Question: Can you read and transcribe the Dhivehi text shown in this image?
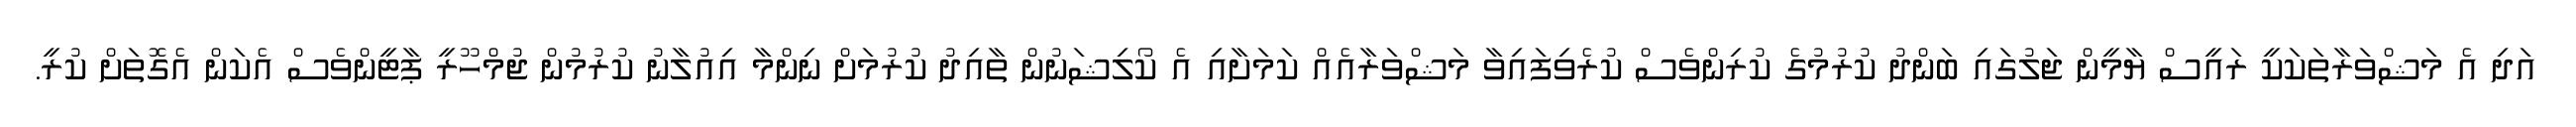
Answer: އަދި އެ މަޝްވަރާތަކަކީ ރައީސް ޔާމީން ޖަލުގައި ބަންދު ކުރުމުގެ ކުރިންވެސް ކުރެވިފައިވާ މަޝްވަރާއެއް ކަމަށާއި އެ ކޯލިޝަނުން ތާއިދު ކުރުމަށް ނިންމާ އިއުލާނު ކުރުމުން ޖުމްހޫރީ ޕާޓީންވެސް އެކަން އެގޮތަށް ކުރީ.